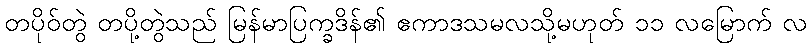
တပိုဝ်တွဲ တပို့တွဲသည် မြန်မာပြက္ခဒိန်၏ ဧကာဒသမလသို့မဟုတ် ၁၁ လမြောက် လ